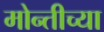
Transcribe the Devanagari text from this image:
मोन्तीच्या